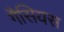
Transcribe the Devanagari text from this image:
गैसियस